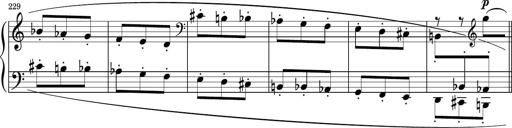
Title: Sonatina PandemÃ³nium
Composer: VÃ­ctor Carbajo
Key: C major